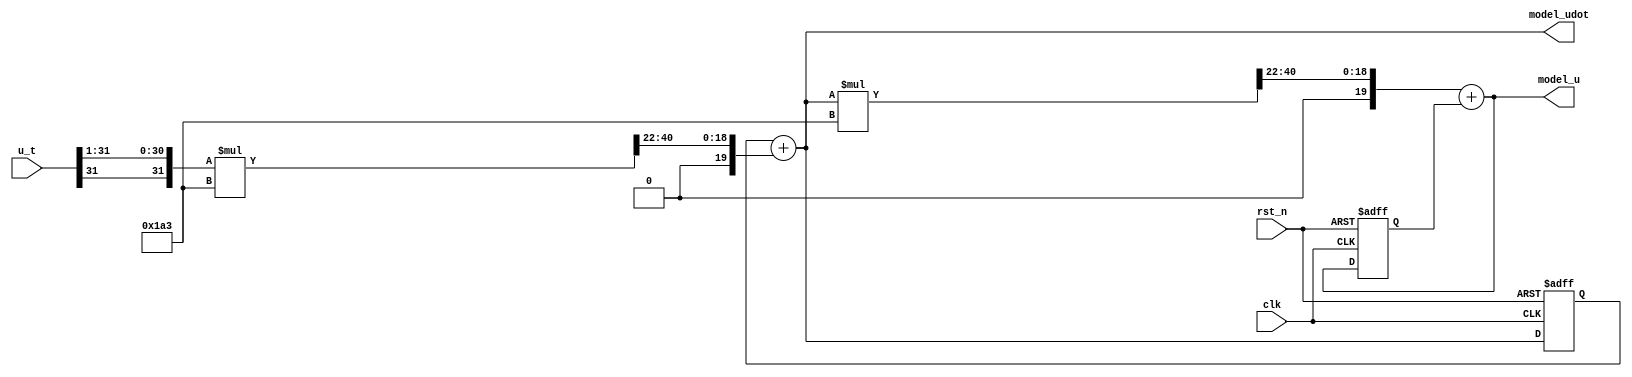
module nominal_model(
	input clk,
	input rst_n,

	input signed[31:0] u_t, //sfix32_En10
	output signed[31:0] model_u, //sfix32_En10
	output signed[31:0] model_udot //sfix32_En10
);

	//Nominal model variable
	//sfix32_En10
	localparam sampletime = 12'b0000000000000110100011; //fix22En22
	reg signed[31:0] model_udot_r;
	reg signed[31:0] theta_dot1n_curr;
	reg signed[31:0]theta_dot1n_next;
	reg signed[31:0] thetan_curr;
	reg signed[31:0] thetan_next;
	reg signed[63:0] theta_dot1n_t;
	reg signed[31:0] theta_dot2n;
	reg signed[63:0] theta_dot2n_t;

	always@(*) begin //TODO: pipeline 
		theta_dot2n = u_t>>>1;
		theta_dot2n_t = theta_dot2n * sampletime ;// sfix54_En32
		theta_dot1n_next = theta_dot1n_curr + (theta_dot2n_t>>>22);
		theta_dot1n_t = theta_dot1n_next * sampletime;
		thetan_next = (theta_dot1n_t>>>22) + thetan_curr;
	end

	always@(posedge clk or negedge rst_n) begin
		if(!rst_n) begin
			theta_dot1n_curr <= 0;
		end
		else if(clk) begin
			theta_dot1n_curr <= theta_dot1n_next;
		end
	end
	always@(posedge clk or negedge rst_n) begin
		if(!rst_n) begin
			thetan_curr <= 0;
		end
		else if(clk) begin
			thetan_curr <= thetan_next;
		end
	end
	
	assign model_u = thetan_next;
	assign model_udot = theta_dot1n_next;
endmodule